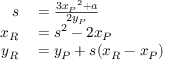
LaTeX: \begin{array} { r l } { s } & { { } = { \frac { 3 { x _ { P } } ^ { 2 } + a } { 2 y _ { P } } } } \\ { x _ { R } } & { { } = s ^ { 2 } - 2 x _ { P } } \\ { y _ { R } } & { { } = y _ { P } + s ( x _ { R } - x _ { P } ) } \end{array}